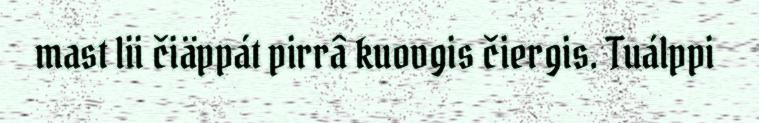
mast lii čiäppát pirrâ kuovgis čiergis. Tuálppi